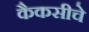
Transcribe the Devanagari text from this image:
कैकसीचे